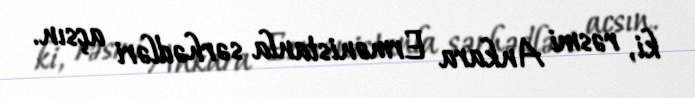
ki, rəsmi Ankara Ermənistanla sərhədləri açsın.